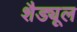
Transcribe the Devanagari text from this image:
शैड्यूल